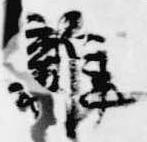
雑